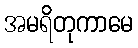
အမရိတုကာမေ